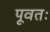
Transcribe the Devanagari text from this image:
पूवतः